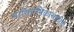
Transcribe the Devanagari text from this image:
पारितोषिकासाठीचे